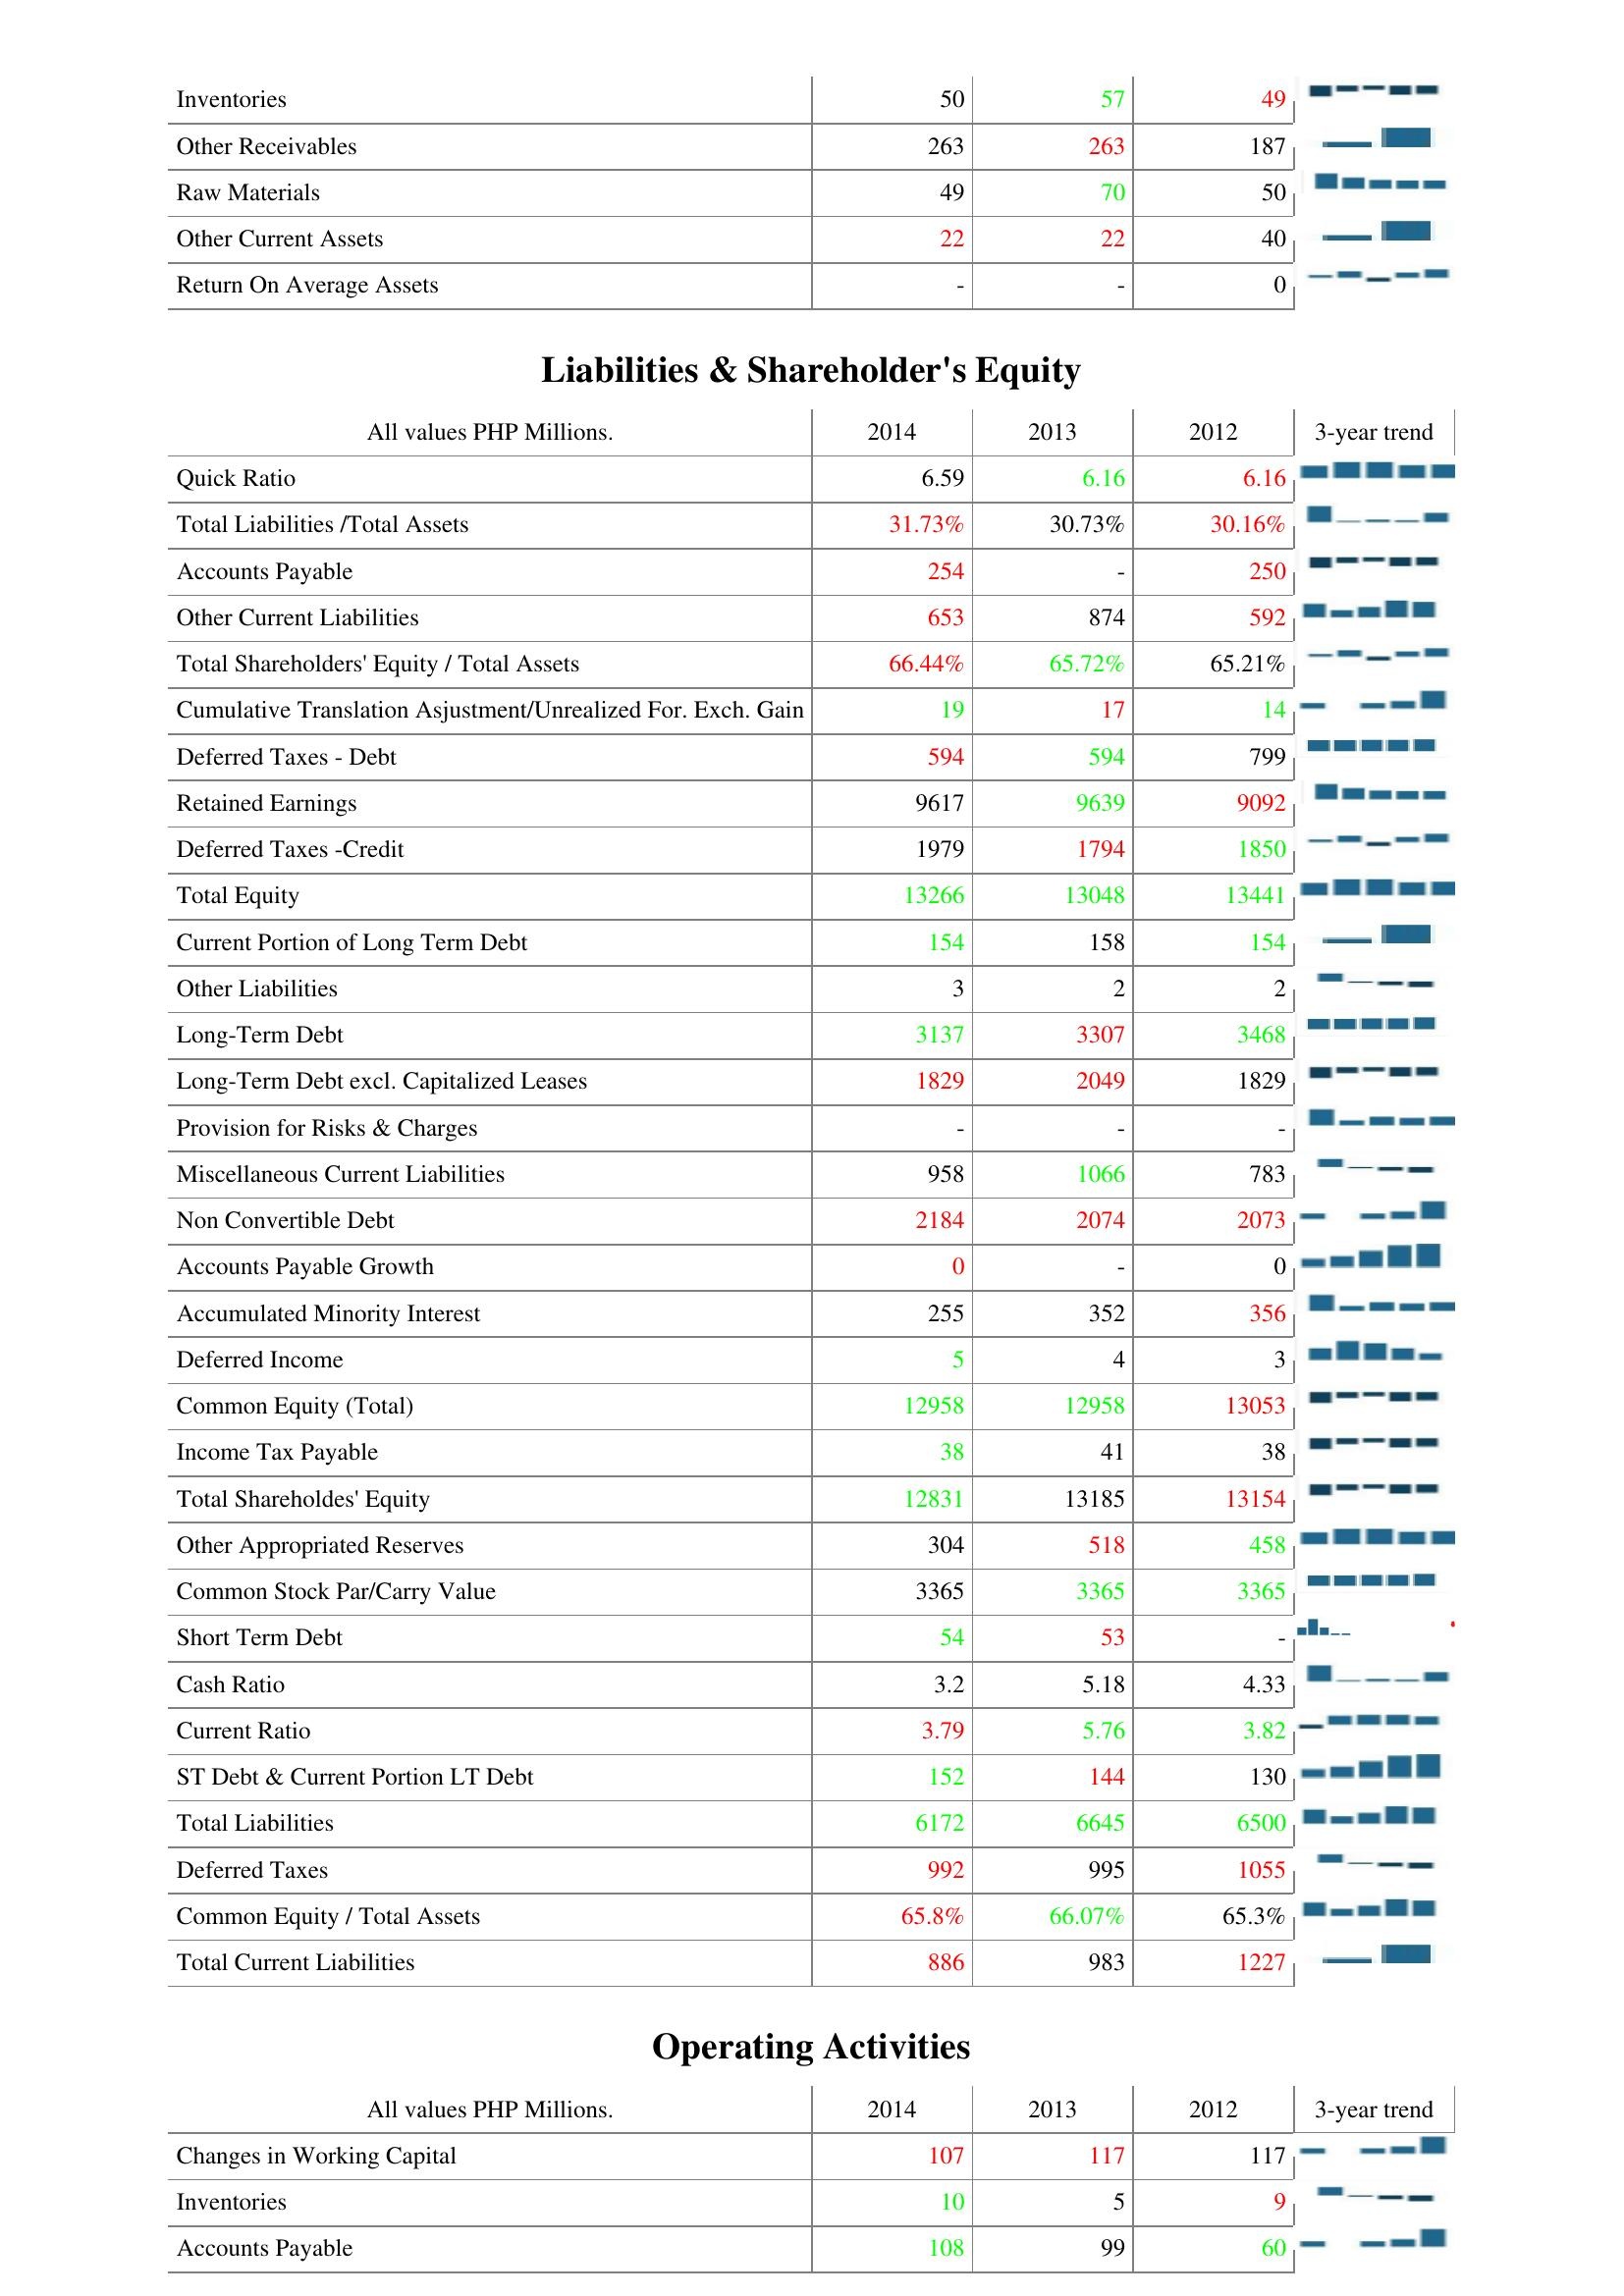
2014: Assets: Inventories: 50
Other Receivables: 263
Raw Materials: 49
Other Current Assets: 22
Return On Average Assets: -
Liabilities & Shareholder's Equity: Quick Ratio: 6.59
Total Liabilities /Total Assets: 31.73%
Accounts Payable: 254
Other Current Liabilities: 653
Total Shareholders' Equity / Total Assets: 66.44%
Cumulative Translation Asjustment/Unrealized For. Exch. Gain: 19
Deferred Taxes - Debt: 594
Retained Earnings: 9617
Deferred Taxes -Credit: 1979
Total Equity: 13266
Current Portion of Long Term Debt: 154
Other Liabilities: 3
Long-Term Debt: 3137
Long-Term Debt excl. Capitalized Leases: 1829
Provision for Risks & Charges: -
Miscellaneous Current Liabilities: 958
Non Convertible Debt: 2184
Accounts Payable Growth: 0
Accumulated Minority Interest: 255
Deferred Income: 5
Common Equity (Total): 12958
Income Tax Payable: 38
Total Shareholdes' Equity: 12831
Other Appropriated Reserves: 304
Common Stock Par/Carry Value: 3365
Short Term Debt: 54
Cash Ratio: 3.2
Current Ratio: 3.79
ST Debt & Current Portion LT Debt: 152
Total Liabilities: 6172
Deferred Taxes: 992
Common Equity / Total Assets: 65.8%
Total Current Liabilities: 886
Operating Activities: Changes in Working Capital: 107
Inventories: 10
Accounts Payable: 108
2013: Assets: Inventories: 57
Other Receivables: 263
Raw Materials: 70
Other Current Assets: 22
Return On Average Assets: -
Liabilities & Shareholder's Equity: Quick Ratio: 6.16
Total Liabilities /Total Assets: 30.73%
Accounts Payable: -
Other Current Liabilities: 874
Total Shareholders' Equity / Total Assets: 65.72%
Cumulative Translation Asjustment/Unrealized For. Exch. Gain: 17
Deferred Taxes - Debt: 594
Retained Earnings: 9639
Deferred Taxes -Credit: 1794
Total Equity: 13048
Current Portion of Long Term Debt: 158
Other Liabilities: 2
Long-Term Debt: 3307
Long-Term Debt excl. Capitalized Leases: 2049
Provision for Risks & Charges: -
Miscellaneous Current Liabilities: 1066
Non Convertible Debt: 2074
Accounts Payable Growth: -
Accumulated Minority Interest: 352
Deferred Income: 4
Common Equity (Total): 12958
Income Tax Payable: 41
Total Shareholdes' Equity: 13185
Other Appropriated Reserves: 518
Common Stock Par/Carry Value: 3365
Short Term Debt: 53
Cash Ratio: 5.18
Current Ratio: 5.76
ST Debt & Current Portion LT Debt: 144
Total Liabilities: 6645
Deferred Taxes: 995
Common Equity / Total Assets: 66.07%
Total Current Liabilities: 983
Operating Activities: Changes in Working Capital: 117
Inventories: 5
Accounts Payable: 99
2012: Assets: Inventories: 49
Other Receivables: 187
Raw Materials: 50
Other Current Assets: 40
Return On Average Assets: 0
Liabilities & Shareholder's Equity: Quick Ratio: 6.16
Total Liabilities /Total Assets: 30.16%
Accounts Payable: 250
Other Current Liabilities: 592
Total Shareholders' Equity / Total Assets: 65.21%
Cumulative Translation Asjustment/Unrealized For. Exch. Gain: 14
Deferred Taxes - Debt: 799
Retained Earnings: 9092
Deferred Taxes -Credit: 1850
Total Equity: 13441
Current Portion of Long Term Debt: 154
Other Liabilities: 2
Long-Term Debt: 3468
Long-Term Debt excl. Capitalized Leases: 1829
Provision for Risks & Charges: -
Miscellaneous Current Liabilities: 783
Non Convertible Debt: 2073
Accounts Payable Growth: 0
Accumulated Minority Interest: 356
Deferred Income: 3
Common Equity (Total): 13053
Income Tax Payable: 38
Total Shareholdes' Equity: 13154
Other Appropriated Reserves: 458
Common Stock Par/Carry Value: 3365
Short Term Debt: -
Cash Ratio: 4.33
Current Ratio: 3.82
ST Debt & Current Portion LT Debt: 130
Total Liabilities: 6500
Deferred Taxes: 1055
Common Equity / Total Assets: 65.3%
Total Current Liabilities: 1227
Operating Activities: Changes in Working Capital: 117
Inventories: 9
Accounts Payable: 60